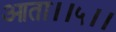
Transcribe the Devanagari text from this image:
आता।।५।।